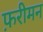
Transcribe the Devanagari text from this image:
फ़रीमन